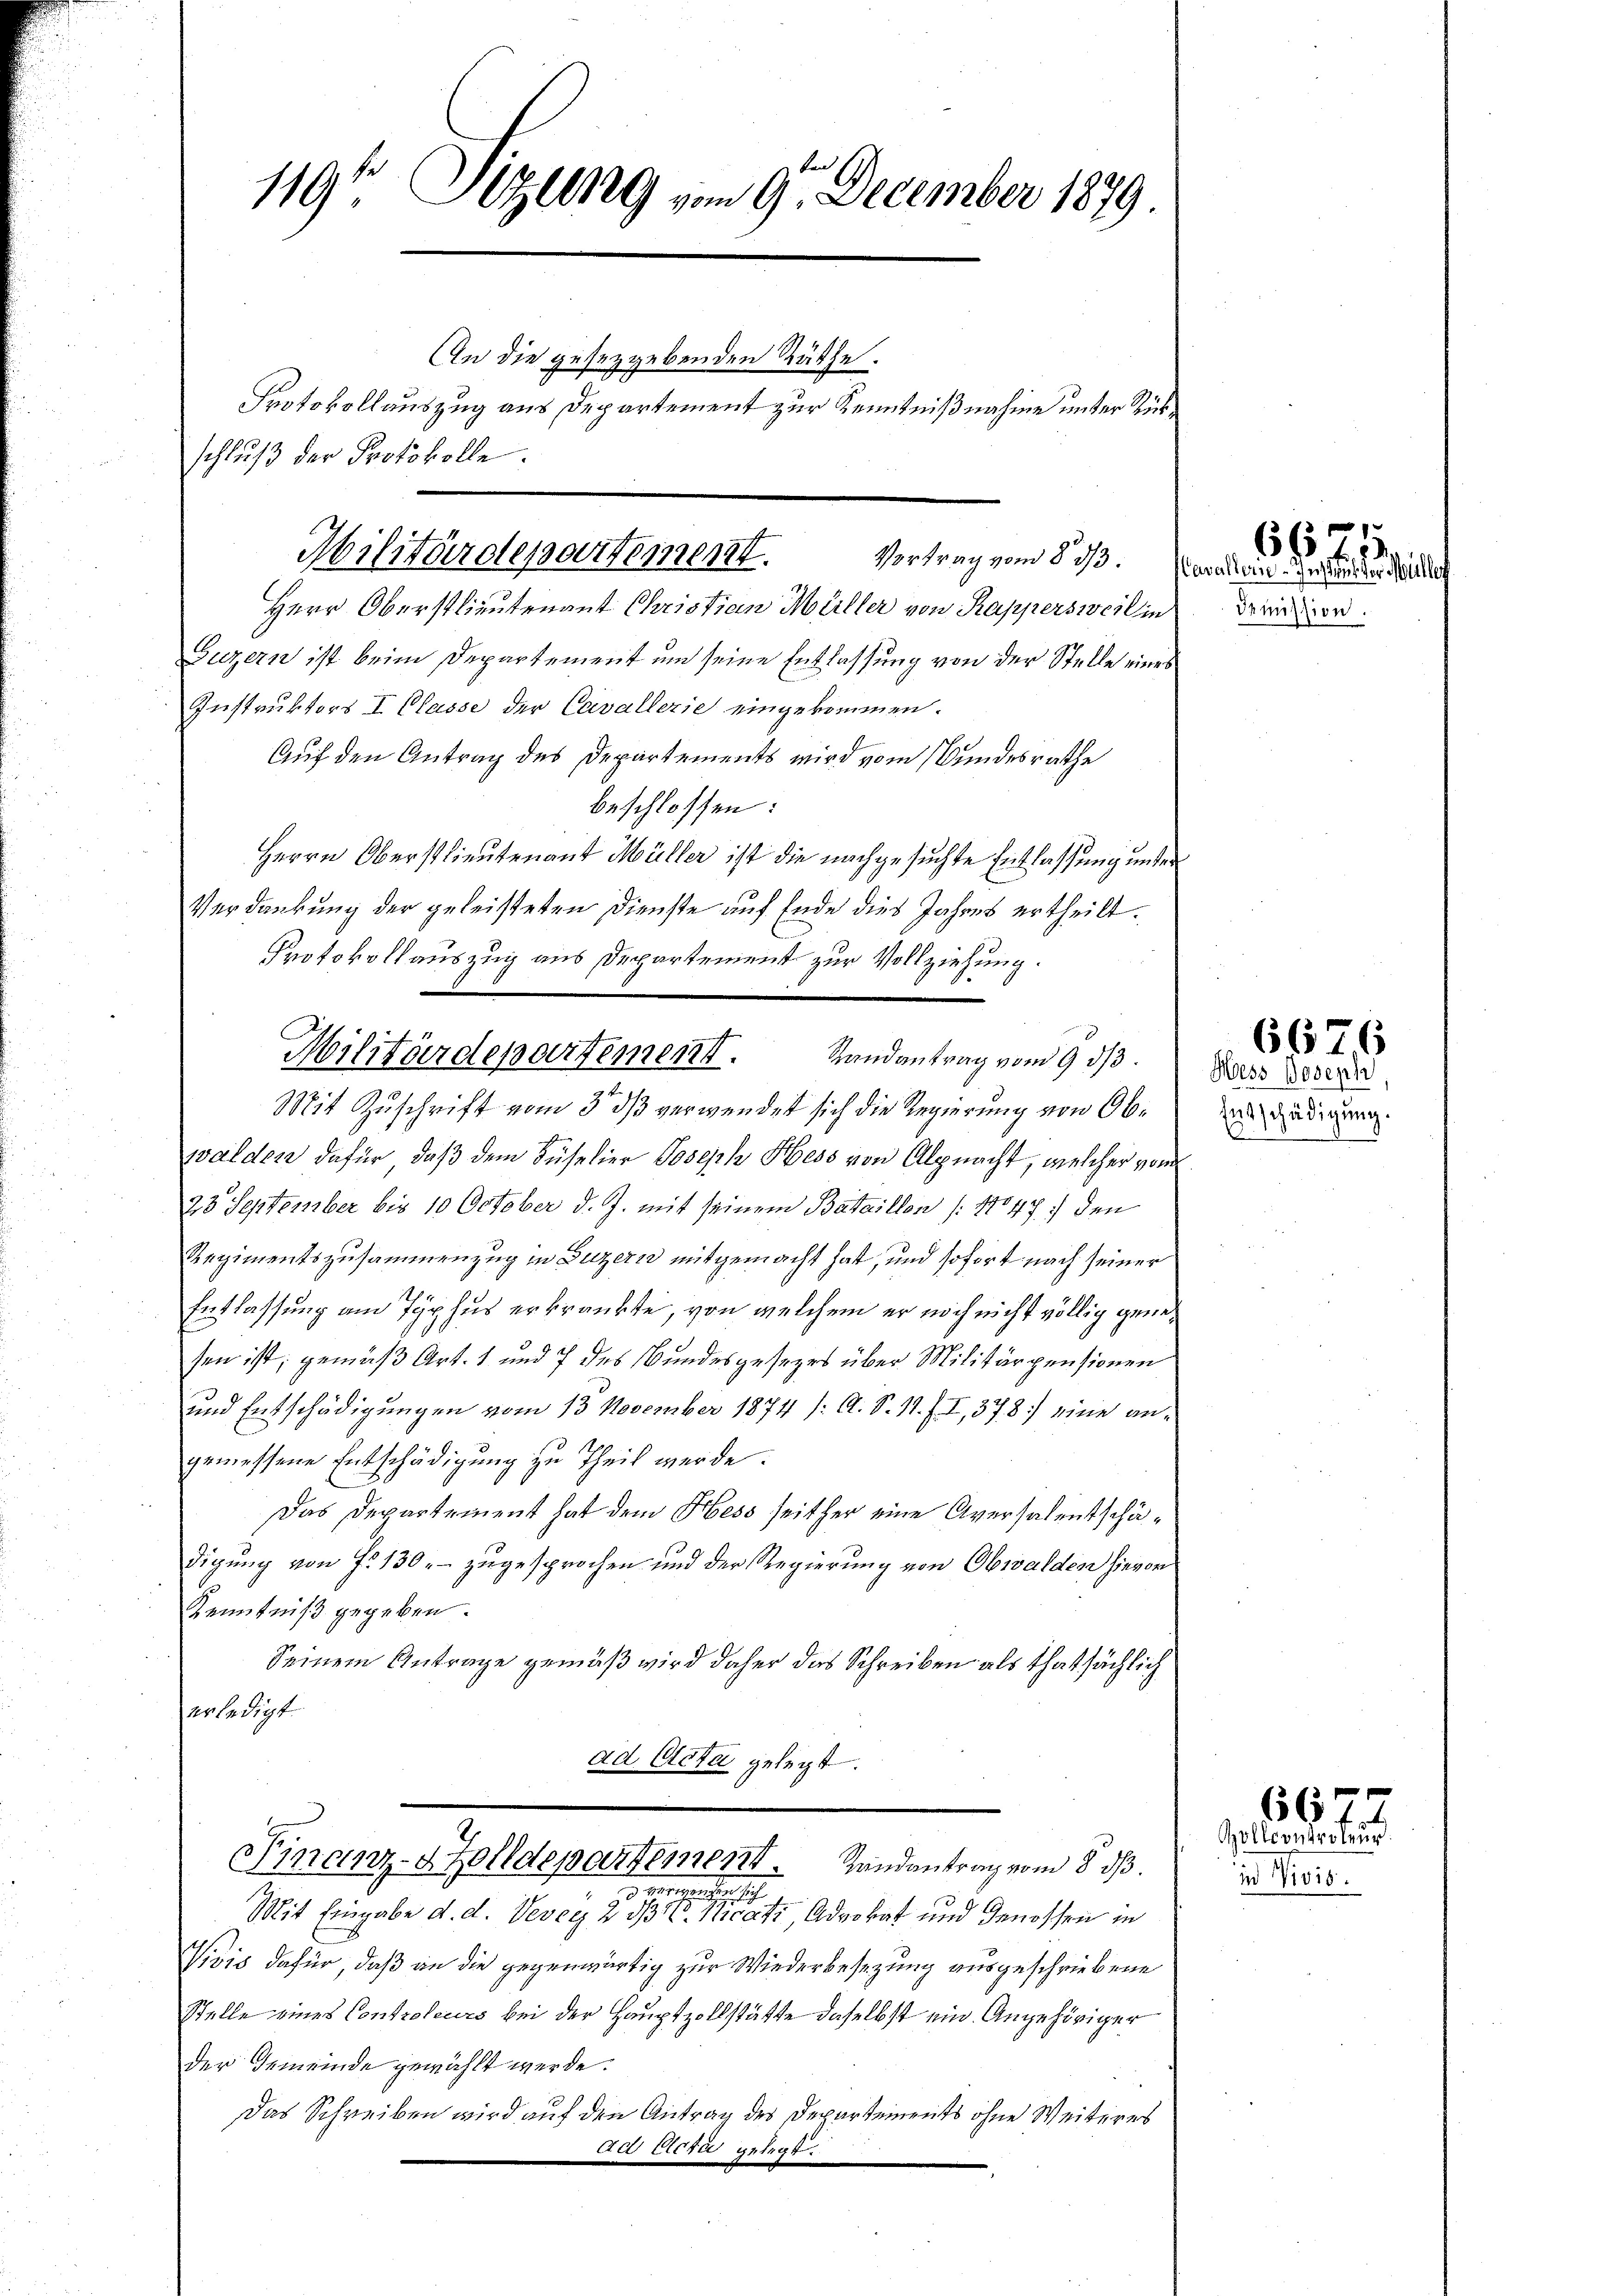
119 Sizung vom 9. December 1879
An die gesetzgebenden Räthe.
Protokollauszug aus Departement zur Kenntnißnahme unter Züschluß der Protokolle.

Herr Oberstlieutenant Christian Müller von Rappersweil in
Guzern ist beim Departement um seine Entlassung von der Stelle eines
Instruktors I Classe der Cavallerie eingekommen.
Auf den Antrag des Departements wird vom Bundesrathe
beschlossen:
Herrn Oberstlieutenant Müller ist die nachgesuchte Entlassung unter
Verdankung der geleisteten Dienste auf Ende dies Jahres ertheilt.
Protokollauszug aus Departement zur Vollziehung.
Mit Zuschrift vom 3. ds verwendet sich die Regierung von Obwalden dafür, daß dem Süselier Joseph Hess von Alpnacht, welcher vom
28 September bis 10 October d. J. mit seinem Bataillon /: 11847 den
Regimentszusammenzug in Luzern mitgemacht hat, und sofort nach seiner
Entlassung am Typhus erkrankte, von welchem er noch nicht völlig genesen ist; gemäß Art. 1 und 7 des Bundesgesezes über Militärpensionen
und Entschädigungen vom 13. November 1874 /: A. S. 11. f. I, 378 eine angemessene Entschädigung zu Theil werde.
Das Departement hat dem Hess seither eine Aversalentschädigung von f. 130, – zugesprochen und der Regierung von Obwalden hievon
Kenntniß gegeben.
Seinem Antrage gemäß wird daher das Schreiben als thatsächlich
erledigt.
ad Acta gelegt.
Finanz-Zolldepartement. Landantrag vom 8. dβ.
ius vermietheilt
Mit Eingabe d. d. Vevey 231, Advokat und Genossen in
Vivis dafür, daß an die gegenwärtig zur Wiederbesezung ausgeschriebene
Stelle eines Controleurs bei der Hauptzollstätte daselbst ein Angehöriger
der Gemeinde gewählt werde.
Das Schreiben wird auf den Antrag des Departements ohne Weiteres
dd Acta gelegt.

Militärdepartement.
Vortrag vom 23/3. Novaller gesteiner hat

Militärdepartement. Randantrag vom 9. ds.

Comission.

66

Hess Joseph
Entschädigung.
¬

6676

66
Geldcontretung
in Licis.